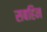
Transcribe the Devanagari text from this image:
सबहिन